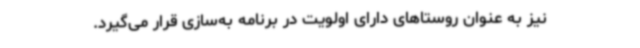
نیز به عنوان روستاهای دارای اولویت در برنامه به‌سازی قرار می‌گیرد.